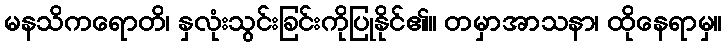
မနသိကရောတိ၊ နှလုံးသွင်းခြင်းကိုပြုနိုင်၏။ တမှာအာသနာ၊ ထိုနေရာမှ။